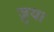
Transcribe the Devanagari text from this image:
ज़ुया